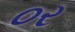
૦ર